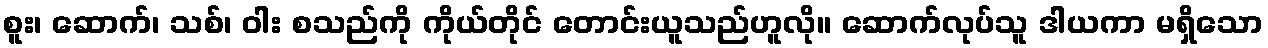
စူး၊ ဆောက်၊ သစ်၊ ဝါး စသည်ကို ကိုယ်တိုင် တောင်းယူသည်ဟူလို။ ဆောက်လုပ်သူ ဒါယကာ မရှိသော